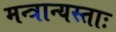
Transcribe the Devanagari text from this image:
मन्त्रान्यस्ताः